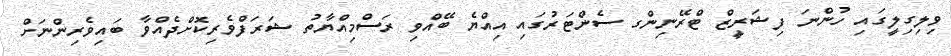
ވިލިގިލީގައި ހުންނަ ފިޝަރީޒް ޓްރޭނިންގ ސެންޓަރުގައި އިއްޔެ ބޭއްވި ރަސްމިއްޔާތު ޝަރަފްވެރިކޮށްދެއްވާ ބައިވެރިންނަށް